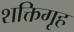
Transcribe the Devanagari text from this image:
शक्तिगृह